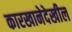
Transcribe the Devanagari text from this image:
कारखानेदेखील